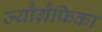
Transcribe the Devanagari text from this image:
ज्यौग्रैफिका